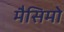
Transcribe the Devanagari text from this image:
मैसिमो